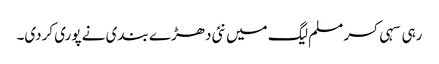
رہی سہی کسر مسلم لیگ میں نئی دھڑے بندی نے پوری کردی۔